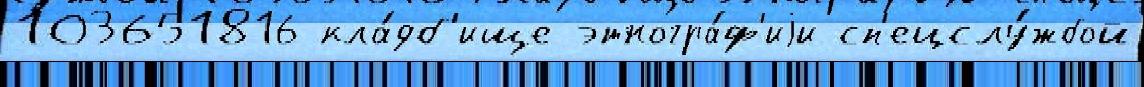
103651816 кла́дб'ище этногра́ф'иjи сп'ецслу́жбой